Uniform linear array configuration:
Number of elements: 8
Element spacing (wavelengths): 0.75
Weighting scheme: hamming
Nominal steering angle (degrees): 60
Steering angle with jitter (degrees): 59.456
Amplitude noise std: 0.05
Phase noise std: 0.05

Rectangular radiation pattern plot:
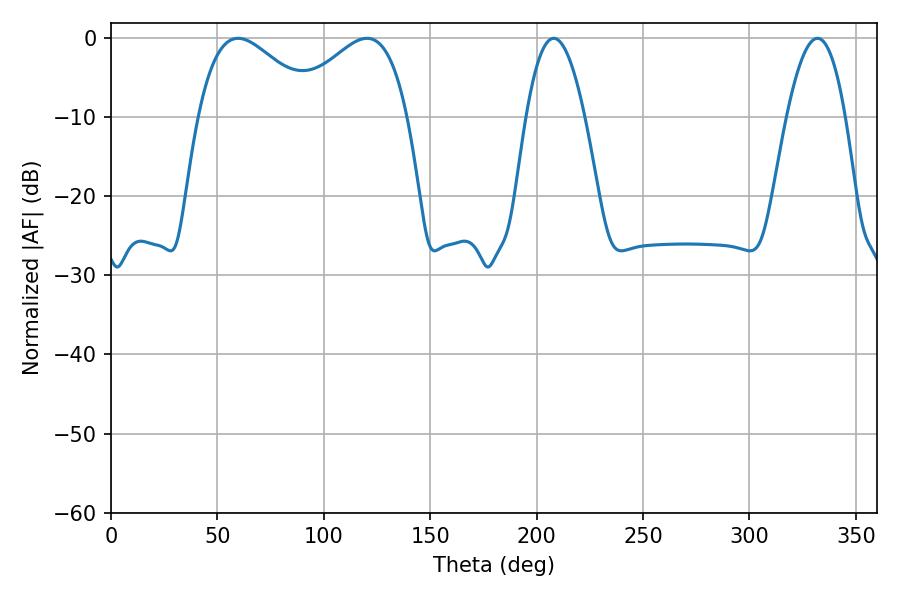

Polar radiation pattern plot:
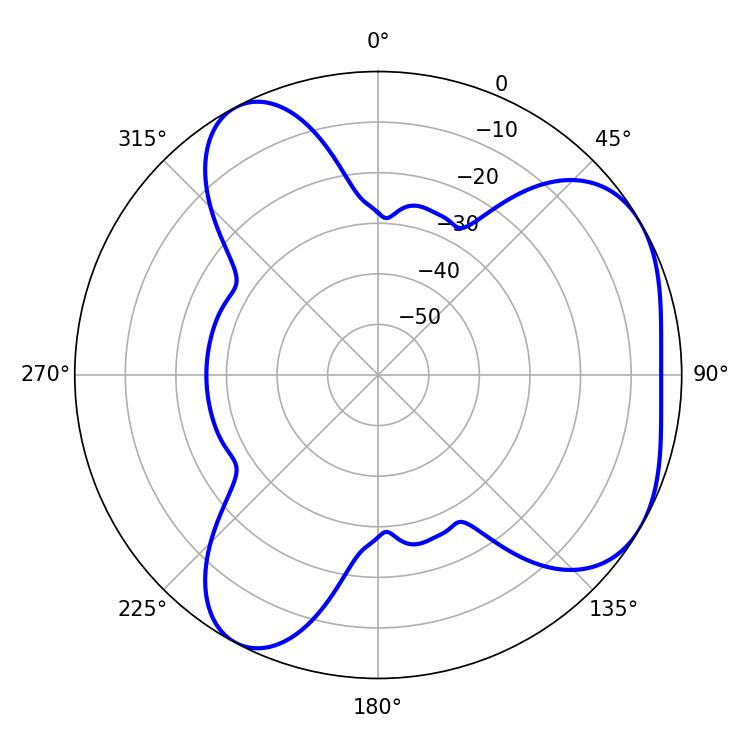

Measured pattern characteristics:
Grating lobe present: TRUE
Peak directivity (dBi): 4.62
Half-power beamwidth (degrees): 30.24
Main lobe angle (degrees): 59.76